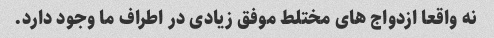
نه واقعا ازدواج های مختلط موفق زیادی در اطراف ما وجود دارد.